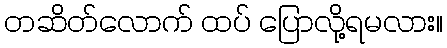
တဆိတ်လောက် ထပ် ပြောလို့ရမလား။